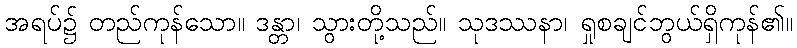
အရပ်၌ တည်ကုန်သော။ ဒန္တာ၊ သွားတို့သည်။ သုဒဿနာ၊ ရှုစချင်ဘွယ်ရှိကုန်၏။